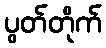
ပွတ်တိုက်